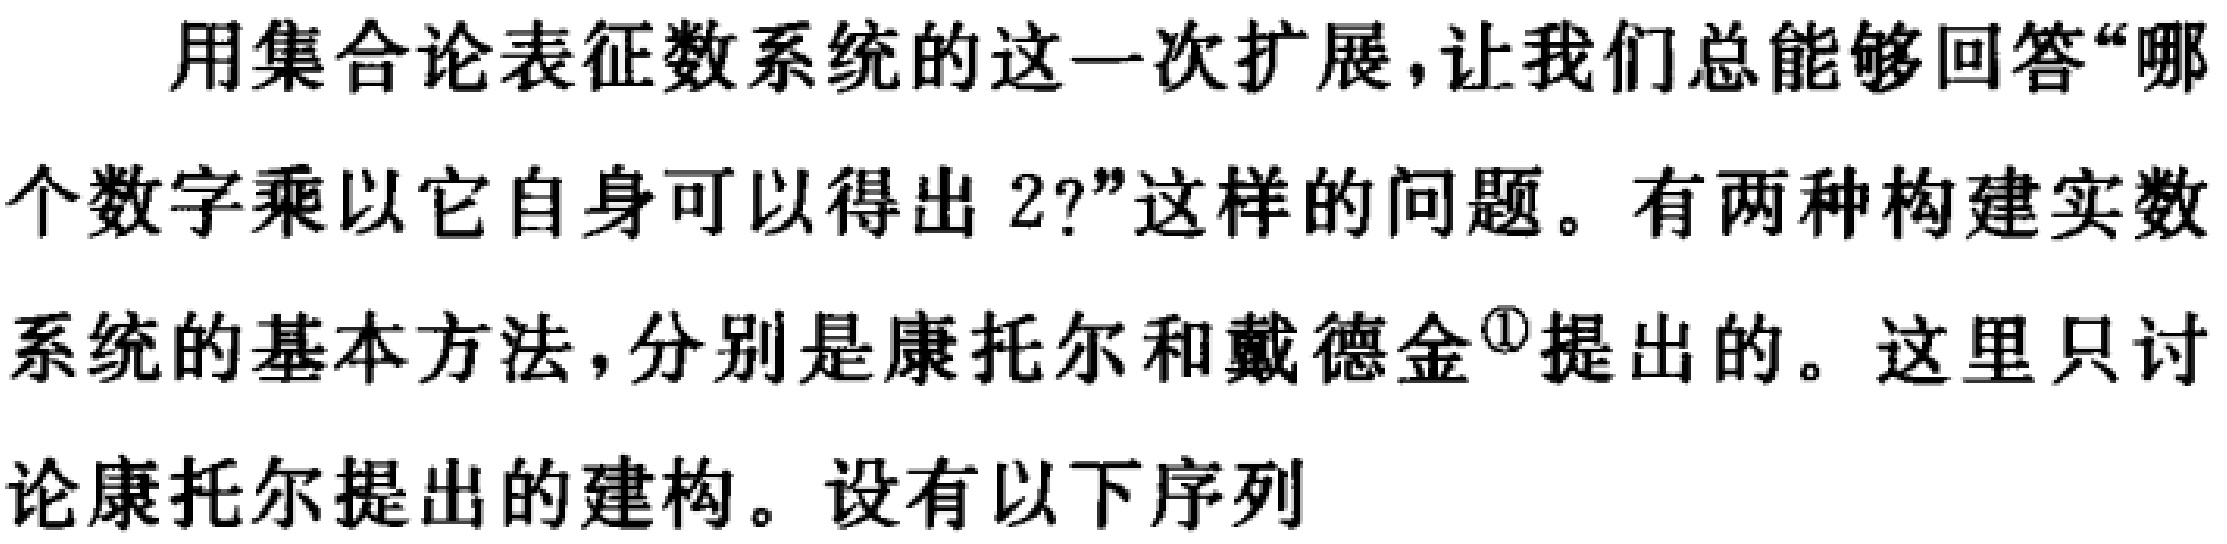
用集合论表征数系统的这一次扩展，让我们总能够回答“哪个数字乘以它自身可以得出 2?”这样的问题。有两种构建实数系统的基本方法，分别是康托尔和戴德金\(^{\textcircled{1}}\)提出的。这里只讨论康托尔提出的建构。设有以下序列